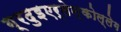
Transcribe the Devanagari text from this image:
ग़्रदुइएर्तेन्कोल्लेग